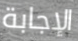
الإجابة